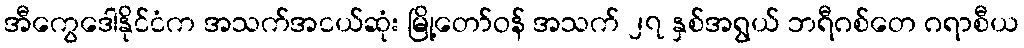
အီကွေဒေါနိုင်ငံက အသက်အငယ်ဆုံး မြို့တော်ဝန် အသက် ၂၇ နှစ်အရွယ် ဘရီဂစ်တေ ဂရာစီယ